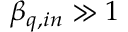
\beta _ { q , i n } \gg 1